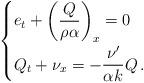
LaTeX: \begin{align*}\begin{cases}e_ t +\left( \dfrac{Q}{\rho\alpha} \right)_x=0\\\noalign{\smallskip}Q_t + \nu_x = -\dfrac{\nu'}{\alpha k}Q\,.\end{cases}\end{align*}